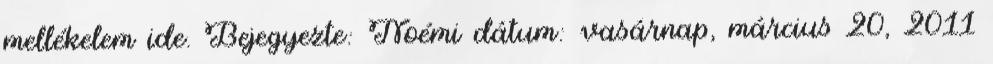
mellékelem ide. Bejegyezte: Noémi dátum: vasárnap, március 20, 2011